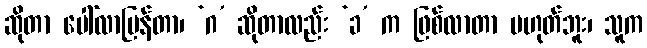
ဆိုတာ ပေါ်လာပြန်တာ၊ ‘ဂ’ ဆိုတာလည်း ‘ခ’ က ဖြစ်လာတာ မဟုတ်ဘူး၊ သူက